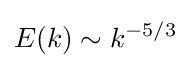
E(k)\sim k^{-5/3}